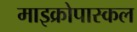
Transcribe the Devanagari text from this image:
माइक्रोपास्कल